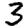
Digit: 3